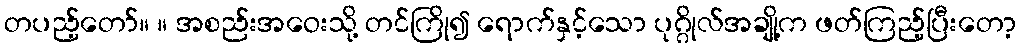
တပည့်တော်။ ။ အစည်းအဝေးသို့ တင်ကြို၍ ရောက်နှင့်သော ပုဂ္ဂိုလ်အချို့က ဖတ်ကြည့်ပြီးတော့